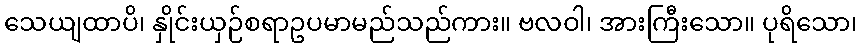
သေယျထာပိ၊ နှိုင်းယှဉ်စရာဥပမာမည်သည်ကား။ ဗလဝါ၊ အားကြီးသော။ ပုရိသော၊